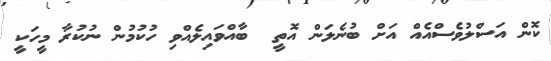
ކޮން އަސްލުވެސްއެއް އަށް ބުނެލަން އޮތީ  ބާއްވައިލެއްވި ހުކުމުން ނުކުރާ މީހަކީ